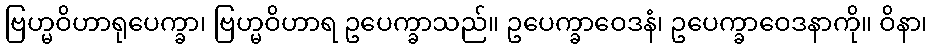
ဗြဟ္မဝိဟာရုပေက္ခာ၊ ဗြဟ္မဝိဟာရ ဥပေက္ခာသည်။ ဥပေက္ခာဝေဒနံ၊ ဥပေက္ခာဝေဒနာကို။ ဝိနာ၊